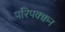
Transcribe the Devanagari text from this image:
परिपक्क्वन